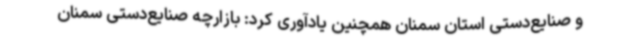
و صنایع‌دستی استان سمنان همچنین یادآوری کرد: بازارچه صنایع‌دستی سمنان